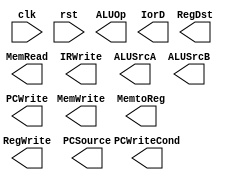
`timescale 1ns / 1ps
`default_nettype none //helps catch typo-related bugs
//////////////////////////////////////////////////////////////////////////////////
// 
// CS 141 - Fall 2015
// Module Name:    control_module 
// Author(s): 
// Description: 
//
//
//////////////////////////////////////////////////////////////////////////////////
module control_module(clk, rst, MemRead, MemWrite, IRWrite, MemtoReg, RegDst, RegWrite, 
								ALUSrcA, ALUSrcB, ALUOp, PCSource, PCWriteCond, PCWrite, IorD);
	parameter N = 32;
	input wire clk, rst;
	output wire MemRead, MemWrite, IRWrite, MemtoReg, RegDst, RegWrite, ALUSrcA, ALUSrcB, PCSource, PCWriteCond, PCWrite, IorD;
	output wire [1:0] ALUOp;

	//FSM


endmodule
`default_nettype wire //some Xilinx IP requires that the default_nettype be set to wire